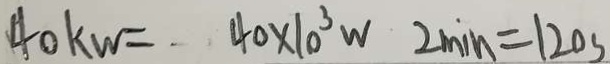
4 0 k w = 4 0 \times 1 0 ^ { 3 } w 2 \min = 1 2 0 s